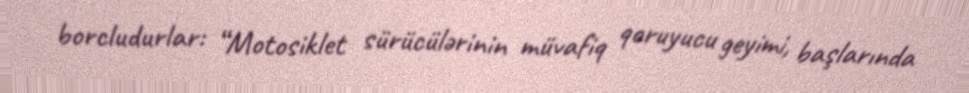
borcludurlar: “Motosiklet sürücülərinin müvafiq qoruyucu geyimi, başlarında